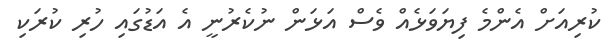
ކުރިއަށް އެންމެ ފިޔަވަޅެއް ވެސް އަޅަން ނުކެރުނީ އެ އަޑުގައި ހުރި ކުރަކި